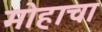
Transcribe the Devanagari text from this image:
मोहाचा